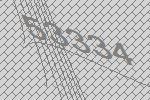
53334